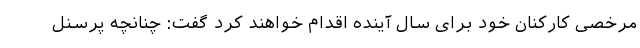
مرخصی کارکنان خود برای سال آینده اقدام خواهند کرد گفت: چنانچه پرسنل